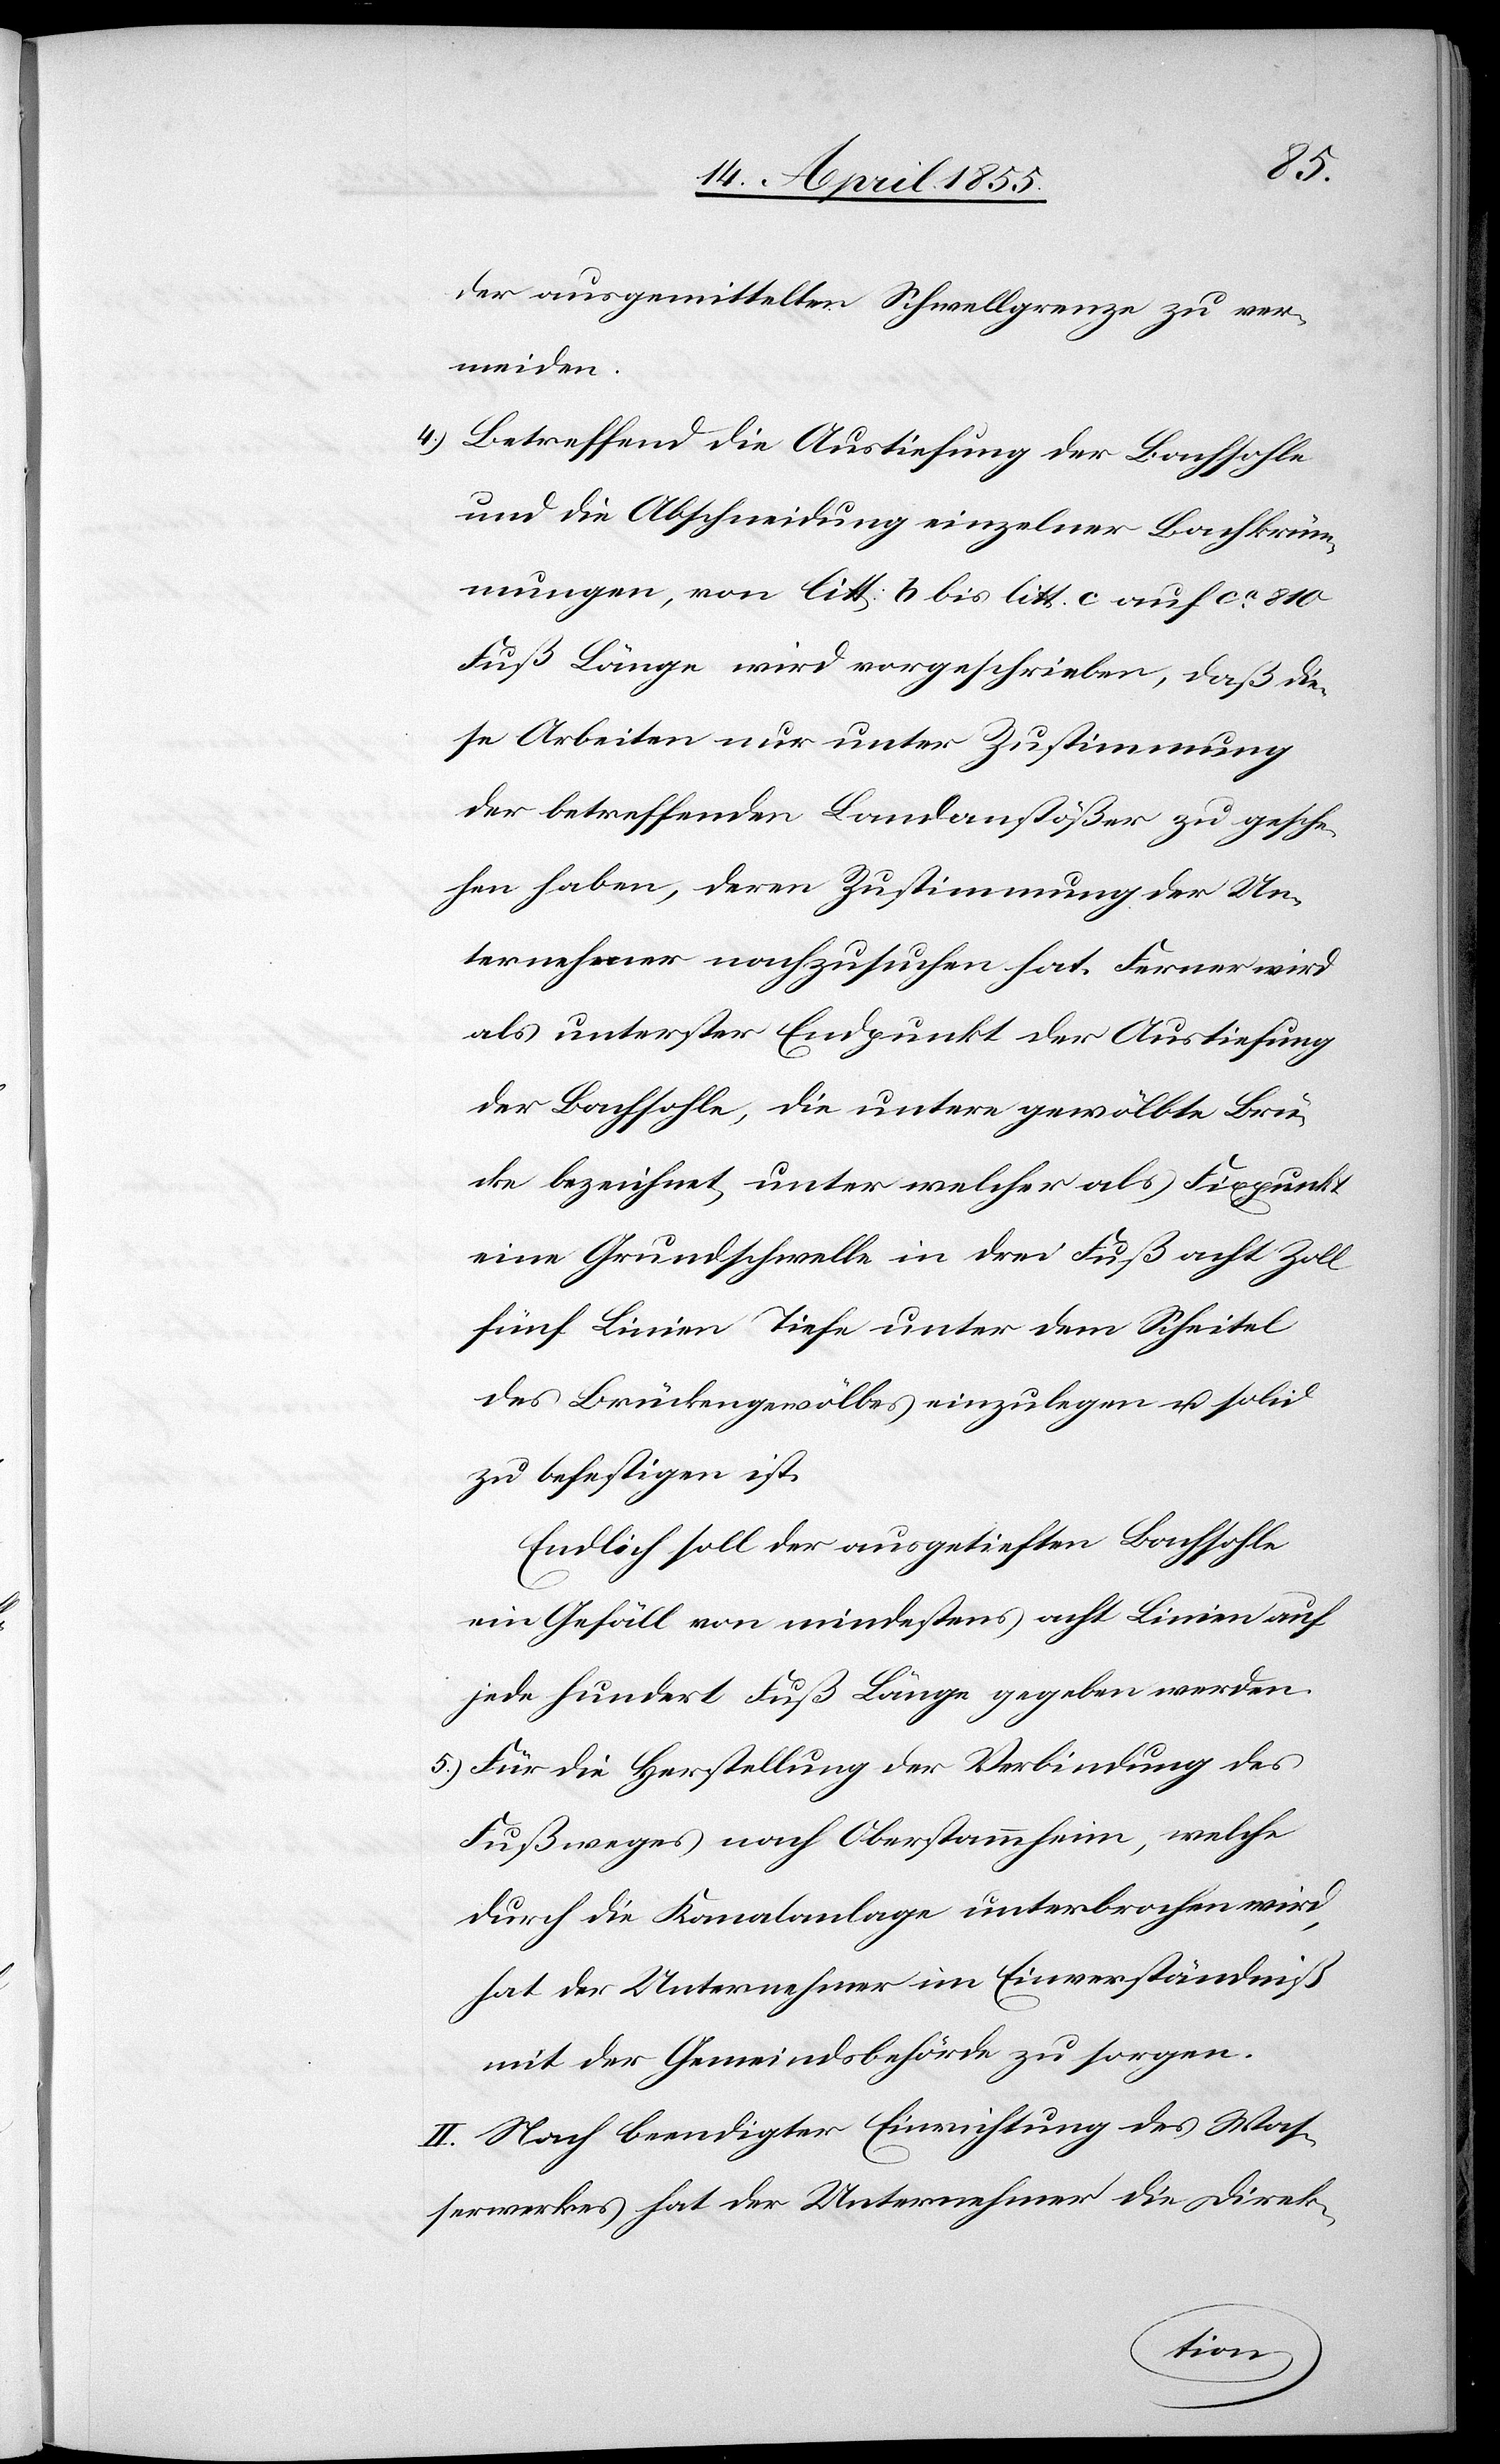
5.)
der ausgemittelten Schwellgrenze zu ver¬
meiden.
Betreffend die Austiefung der Bachsohle
und die Abschneidung einzelner Bachkrüm¬
mungen, von litt. b bis litt. c auf ca. 810
Fuß Länge wird vorgeschrieben, daß die¬
se Arbeiten nur unter Zustimmung
der betreffenden Landanstößer zu gesche¬
hen haben, deren Zustimmung der Un¬
ternehmer nachzusuchen hat. Ferner wird
als unterster Endpunkt der Austiefung
der Bachsohle, die untere gewölbte Brü¬
cke bezeichnet, unter welcher als Fixpunkt
eine Grundschwelle in drei Fuß acht Zoll
fünf Linien Tiefe unter dem Scheitel
des Brückengewölbes einzulegen u. solid
zu befestigen ist.
Endlich soll der ausgetieften Bachsohle
ein Gefäll von mindestens acht Linien auf
jede hundert Fuß Länge gegeben werden.
Für die Herstellung der Verbindung des
Fußweges nach Oberstammheim, welche
durch die Kanalanlage unterbrochen wird,
hat der Unternehmer im Einverständniß
mit der Gemeindsbehörde zu sorgen.
II. Nach beendigter Einrichtung des Was¬
serwerkes hat der Unternehmer die Direk-